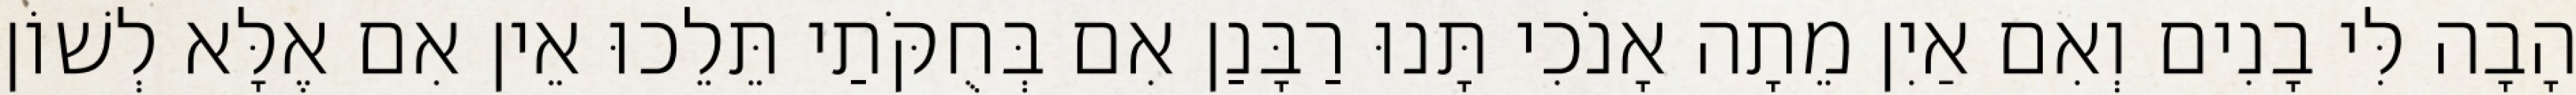
הָבָה לִּי בָנִים וְאִם אַיִן מֵתָה אָנֹכִי תָּנוּ רַבָּנַן אִם בְּחֻקֹּתַי תֵּלֵכוּ אֵין אִם אֶלָּא לְשׁוֹן